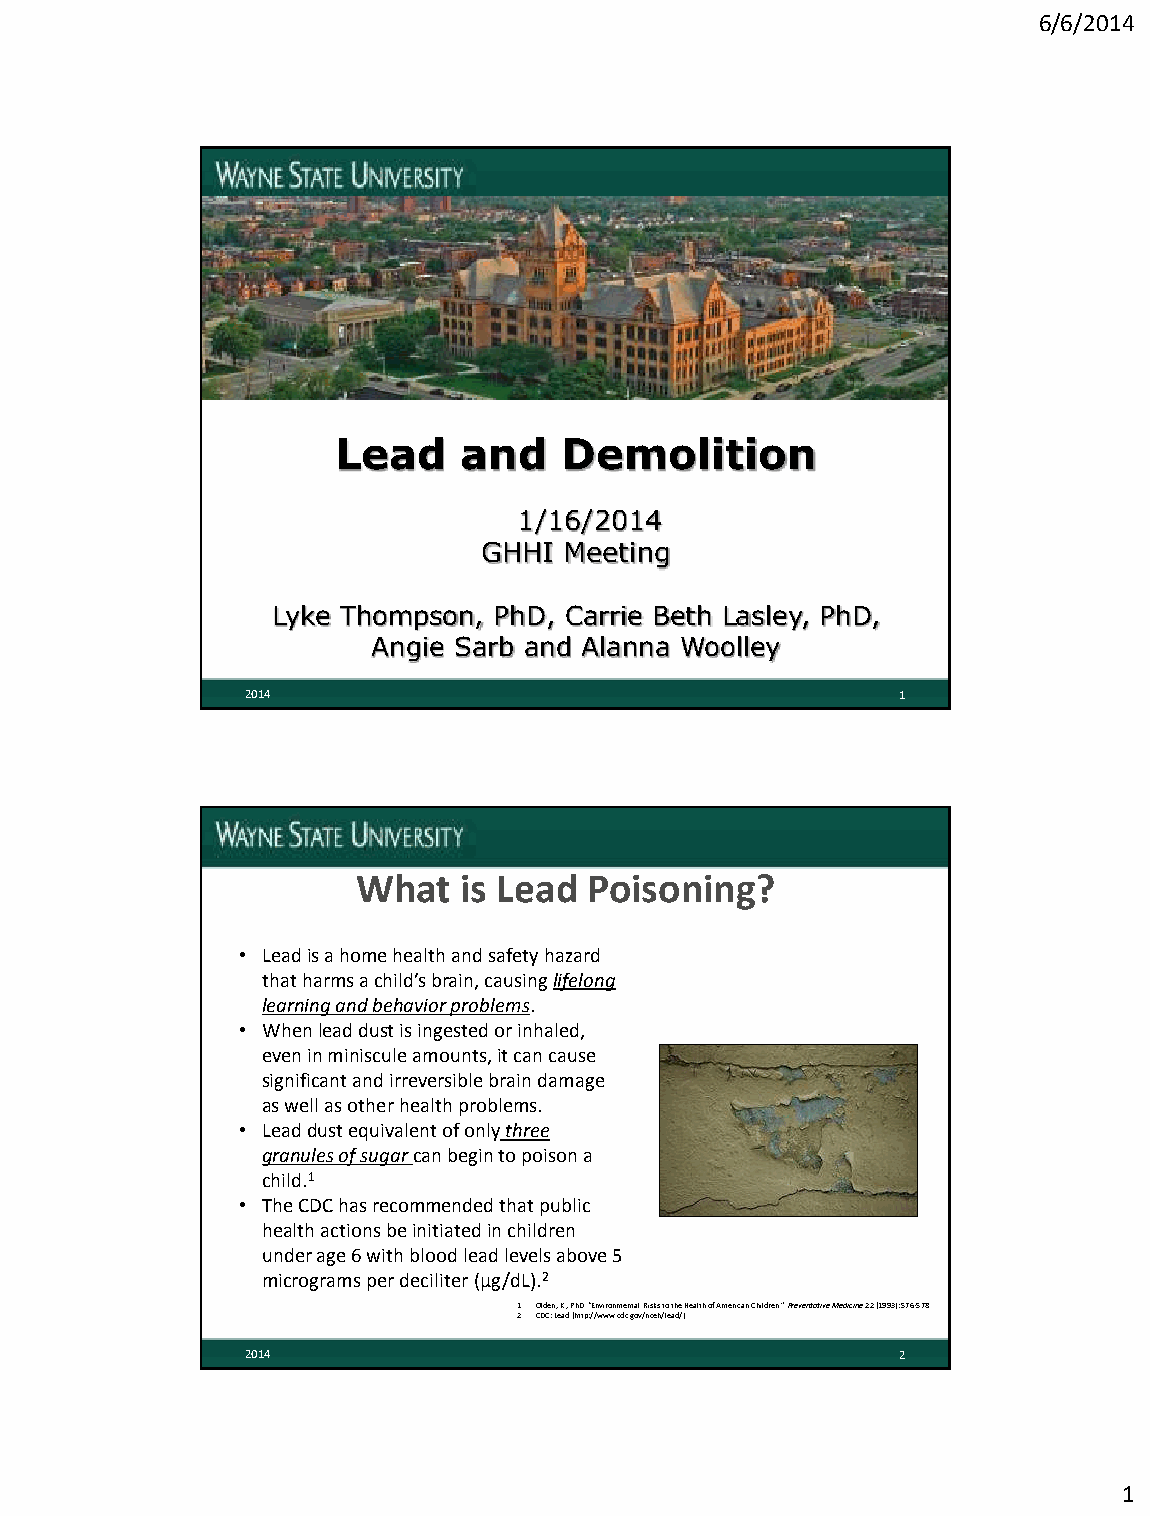
6/6/2014
 Lead    and    Demolition
 1/16/2014
 GHHI Meeting
 Lyke Thompson, PhD, Carrie Beth Lasley, PhD,
 Angie Sarb and Alanna Woolley
 2014                                        1
 What  is Lead  Poisoning?
 • Lead is a home health and safety hazard
 that harms a child’s brain, causing lifelong
 learning and behavior problems.
 • When lead dust is ingested or inhaled,
 even in miniscule amounts, it can cause
 significant and irreversible brain damage
 as well as other health problems.
 • Lead dust equivalent of only three
 granules of sugar can begin to poison a
 child.1
 • The CDC has recommended that public
 health actions be initiated in children
 under age 6 with blood lead levels above 5
 micrograms per deciliter (µg/dL).2
 1. Olden, K., PhD. “Environmental Risks to the Health of American Children.” Preventative Medicine 22 (1993): 576-578.
 2. CDC: Lead (http://www.cdc.gov/nceh/lead/)
 2014                                        2
 1